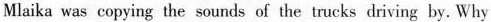
Mlaika was copying the sounds of the trucks driving by. Why